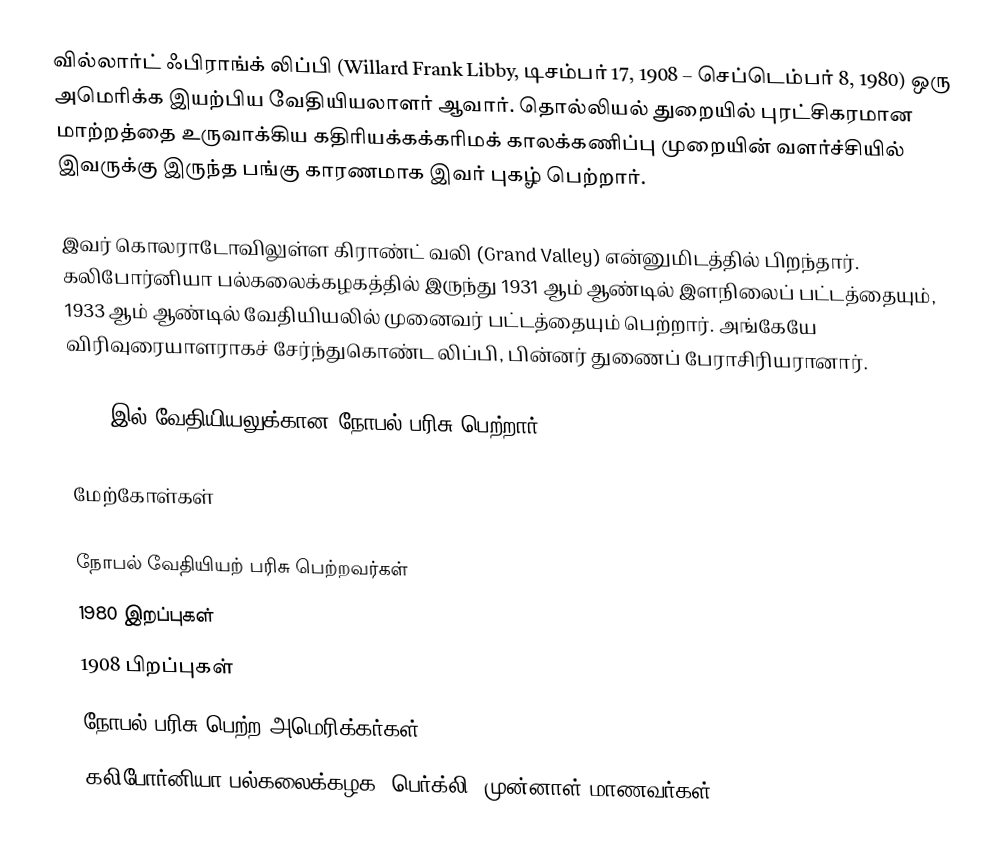
வில்லார்ட் ஃபிராங்க் லிப்பி (Willard Frank Libby, டிசம்பர் 17, 1908 – செப்டெம்பர் 8, 1980) ஒரு அமெரிக்க இயற்பிய வேதியியலாளர் ஆவார். தொல்லியல் துறையில் புரட்சிகரமான மாற்றத்தை உருவாக்கிய கதிரியக்கக்கரிமக் காலக்கணிப்பு முறையின் வளர்ச்சியில் இவருக்கு இருந்த பங்கு காரணமாக இவர் புகழ் பெற்றார்.

இவர் கொலராடோவிலுள்ள கிராண்ட் வலி (Grand Valley) என்னுமிடத்தில் பிறந்தார். கலிபோர்னியா பல்கலைக்கழகத்தில் இருந்து 1931 ஆம் ஆண்டில் இளநிலைப் பட்டத்தையும், 1933 ஆம் ஆண்டில் வேதியியலில் முனைவர் பட்டத்தையும் பெற்றார். அங்கேயே விரிவுரையாளராகச் சேர்ந்துகொண்ட லிப்பி, பின்னர் துணைப் பேராசிரியரானார்.

1960 இல் வேதியியலுக்கான நோபல் பரிசு பெற்றார்.

மேற்கோள்கள்

நோபல் வேதியியற் பரிசு பெற்றவர்கள்
1980 இறப்புகள்
1908 பிறப்புகள்
நோபல் பரிசு பெற்ற அமெரிக்கர்கள்
கலிபோர்னியா பல்கலைக்கழக (பெர்க்லி) முன்னாள் மாணவர்கள்